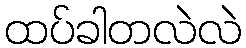
ထပ်ခါတလဲလဲ